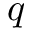
q